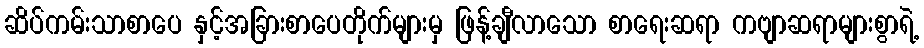
ဆိပ်ကမ်းသာစာပေ နှင့်အခြားစာပေတိုက်များမှ ဖြန့်ချီလာသော စာရေးဆရာ ကဗျာဆရာများစွာရဲ့